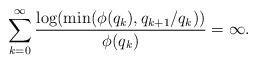
LaTeX: \begin{align*}\sum_{k=0}^{\infty}\frac{\log(\min(\phi(q_k),q_{k+1}/q_k))}{\phi(q_k)}=\infty.\end{align*}